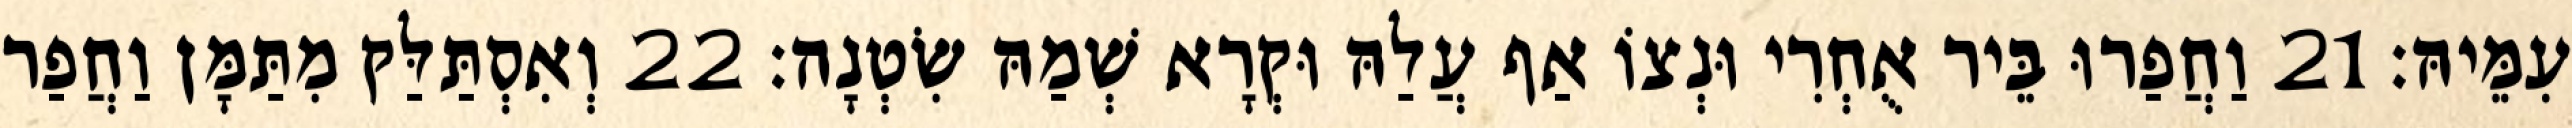
עִמֵּיהּ׃ 21 וַחֲפַרוּ בֵּיר אֻחְרִי וּנְצוֹ אַף עֲלַהּ וּקְרָא שְׁמַהּ שִׂטְנָה׃ 22 וְאִסְתַּלַּק מִתַּמָּן וַחֲפַר